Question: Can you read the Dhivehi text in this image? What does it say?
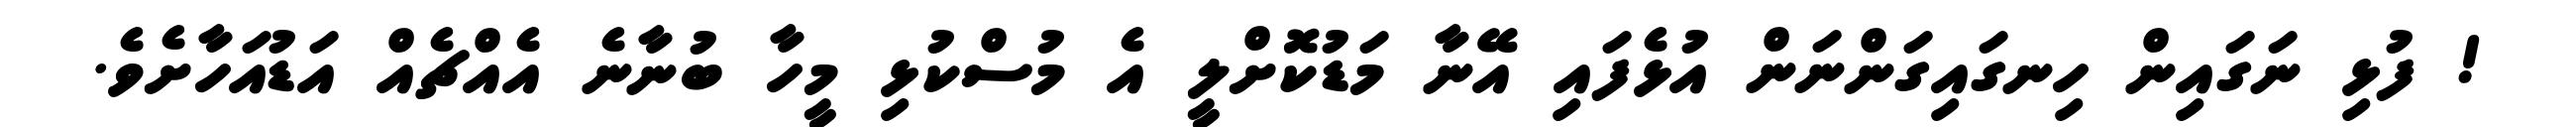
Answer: ! ފުޅި ނަގައިން ހިނގައިގަންނަން އުޅެފައި އޭނާ މަޑުކޮށްލީ އެ މުސްކުޅި މީހާ ބުނާނެ އެއްޗެއް އަޑުއަހާށެވެ.